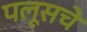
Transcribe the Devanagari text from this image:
पलूसचे